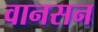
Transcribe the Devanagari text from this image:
वानसन